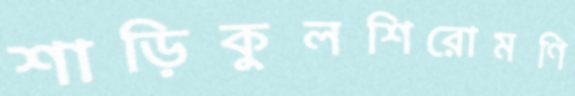
শাড়িকুলশিরোমণি